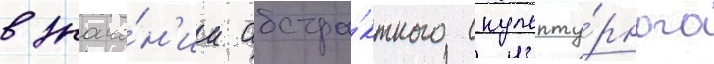
в значе́н'ии абстра́ктного скульпту́рного